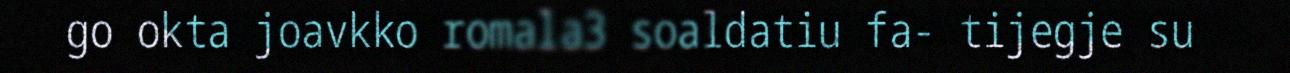
go okta joavkko romala3 soaldatiu fa- tijegje su